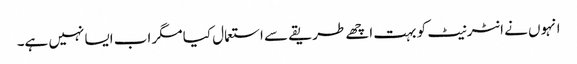
انہوں نے انٹرنیٹ کو بہت اچھے طریقے سے استعمال کیا مگر اب ایسا نہیں ہے۔